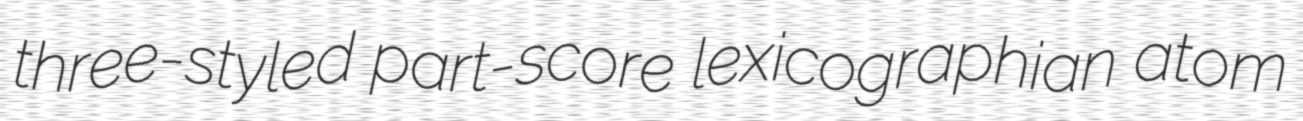
three-styled part-score lexicographian atom